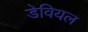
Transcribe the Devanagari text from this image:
डेवियल